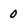
Character: 0